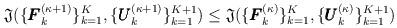
LaTeX: \begin{align*}\mathfrak{J}(\{\pmb{F}_k^{(\kappa+1)}\}_{k=1}^K, \{\pmb{U}_k^{(\kappa+1)}\}_{k=1}^{K+1}) \leq \mathfrak{J}(\{\pmb{F}_k^{(\kappa)}\}_{k=1}^K, \{\pmb{U}_k^{(\kappa)}\}_{k=1}^{K+1})\end{align*}